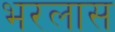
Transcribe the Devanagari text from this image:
भरलास